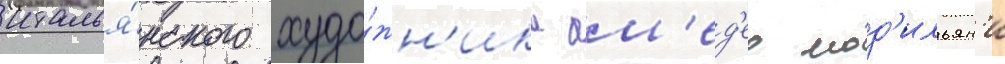
италья́нского худо́жн'ика ам'ед'ео мод'ильян'и